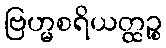
ဗြဟ္မစရိယတ္ထဉ္စ